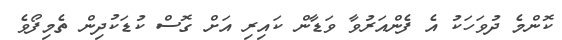
ކޮންމެ ދުވަހަކު އެ ފެންއަރުުވާ ވަޑާން ކައިރި އަށް ގޮސް ކުޑަކުދިން ތެމިފޯވެ